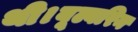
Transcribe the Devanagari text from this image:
थी।वूल्वरिन